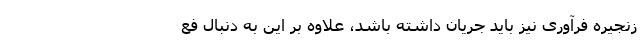
زنجیره فرآوری نیز باید جریان داشته باشد، علاوه بر این به دنبال فع